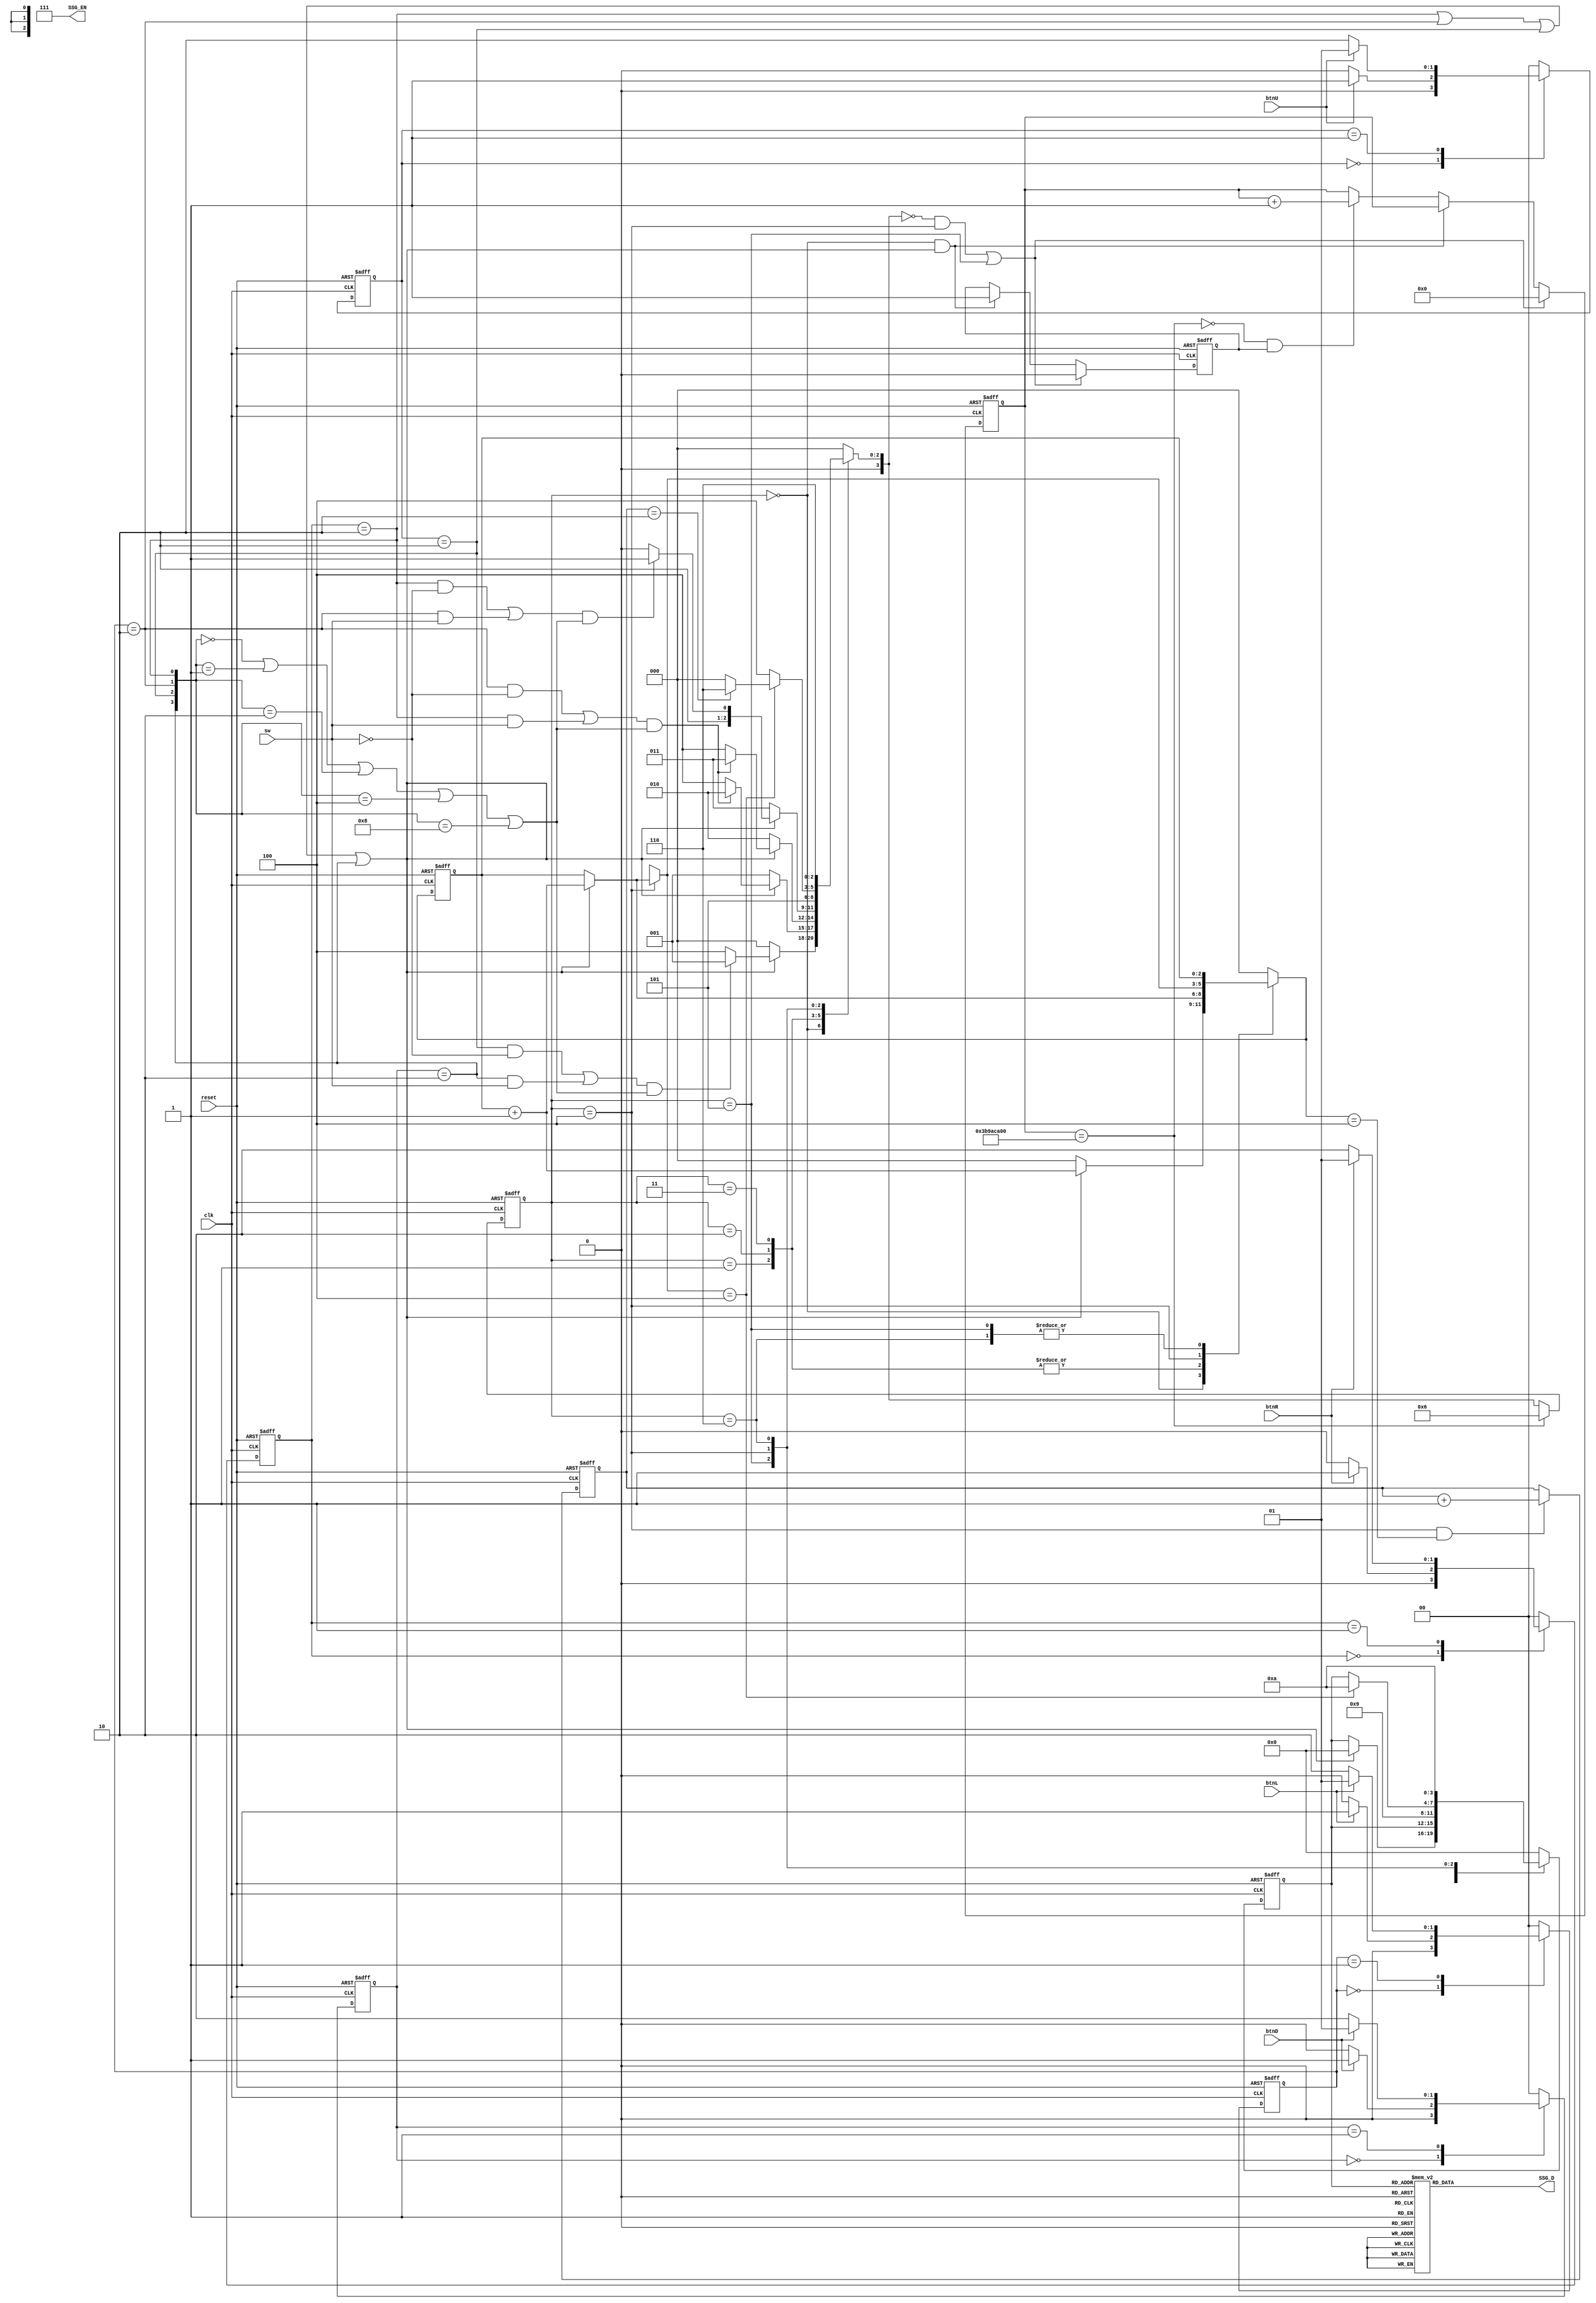
`timescale 1ns / 1ps
//////////////////////////////////////////////////////////////////////////////////
// Company: 
// Engineer: 
// 
// Design Name: 
// Module Name: code_detection
// Project Name: 
// Target Devices: 
// Tool Versions: 
// Description: 
// 
// Dependencies: 
// 
// Revision:
// Revision 0.01 - File Created
// Additional Comments:
// 
//////////////////////////////////////////////////////////////////////////////////


module code_detection(
    input               clk,
    input               reset,
    input               btnR,
    input               btnL,
    input               btnU,
    input               btnD,
    input               sw,
    output reg  [6:0]   SSG_D,
    output      [2:0]   SSG_EN  //disable three of four
    );
    
    parameter   IDLE    =   0;
    parameter   BTR1    =   1;
    parameter   BTL1    =   1;
	parameter   BTU1    =   1;
	parameter   BTD1    =   1;
    parameter   BTR0    =   2;
    parameter   BTL0    =   2;
	parameter   BTU0    =   2;
	parameter   BTD0    =   2;
        
    parameter   STATE_IDLE      = 0;
    parameter   STATE_TOP       = 1;
    parameter   STATE_LEFT1     = 2;
    parameter   STATE_LEFT2     = 3;
    parameter   STATE_ERROR     = 4;
    parameter   STATE_SUCC      = 5;
    parameter   STATE_FAILED    = 6;
		
	parameter 	TIMEOUT_COUNT 	= 32'd1000_000_000;
    
    reg   [3:0]     state;
    reg   [3:0]     next_state;
    reg   [1:0]     buttonR;
	reg   [1:0]     next_buttonR;
    reg   [1:0]     buttonL;
    reg   [1:0]     next_buttonL;
    reg   [1:0]     buttonU;
    reg   [1:0]     next_buttonU;
    reg   [1:0]     buttonD;
    reg   [1:0]     next_buttonD;
    reg   [2:0]     count;
    reg   [2:0]     next_count;
    reg   [3:0]     character;
    reg   [3:0]     next_character;
    reg   [31:0]	timer;
    reg   [1:0] 	attempt;
    reg             timer_en;
    
    wire        pressed;
    wire        timeout;
    wire        timer_start;
    wire        timer_rst;
    wire        attempt_plus;
    wire        valid;
    wire        bit0, bit1, bit2, bit3;
    wire [3:0]  button_bits;
		
    assign pressed      = ((buttonR == BTR0) || (buttonL == BTL0) || (buttonU == BTU0) || (buttonD == BTD0));
    assign bit0         = (buttonR == BTR0);
    assign bit1         = (buttonL == BTL0);
    assign bit2         = (buttonU == BTU0);
    assign bit3         = (buttonD == BTD0);
    assign button_bits  = {bit3, bit2, bit1, bit0};
    assign valid        = ((button_bits == 0) || (button_bits == 1) || (button_bits == 2) || (button_bits == 4) || (button_bits == 8));
    
  //logic to determine next state
    always@(*)begin
        case(buttonR)
            IDLE:
                if(btnR)
                    next_buttonR = BTR1;
                else 
                    next_buttonR = IDLE;
            BTR1:
                if(!btnR)
                    next_buttonR = BTR0;
                else 
                    next_buttonR = BTR1;
            BTR0:
                next_buttonR = IDLE;
            default:
                next_buttonR = IDLE;      
        endcase
    end

    always@(posedge clk or posedge reset) begin
        if(reset)
            buttonR  <=  IDLE;
        else 
            buttonR <=  next_buttonR;
    end
  
   always@(*)begin
        case(buttonL)
            IDLE:
                if(btnL)
                    next_buttonL = BTL1;
                else 
                    next_buttonL = IDLE;
            BTL1:
                if(!btnL)
                    next_buttonL = BTL0;
                else 
                    next_buttonL = BTL1;
            BTL0:
                next_buttonL = IDLE;
            default:
              next_buttonL = IDLE;      
        endcase
    end

    always@(posedge clk or posedge reset) begin
        if(reset)
            buttonL  <=  IDLE;
        else 
            buttonL <=  next_buttonL;
    end
    always@(*)begin
        case(buttonU)
            IDLE:
                if(btnU)
                    next_buttonU = BTU1;
                else 
                    next_buttonU = IDLE;
            BTU1:
                if(!btnU)
                    next_buttonU = BTU0;
                else 
                    next_buttonU = BTU1;
            BTU0:
                next_buttonU = IDLE;
            default:
                next_buttonU = IDLE;      
        endcase
    end

    always@(posedge clk or posedge reset) begin
        if(reset)
            buttonU  <=  IDLE;
        else 
            buttonU <=  next_buttonU;
    end
    
    always@(*)begin
        case(buttonD)
            IDLE:
                if(btnD)
                    next_buttonD = BTD1;
                else 
                    next_buttonD = IDLE;
            BTD1:
                if(!btnD)
                    next_buttonD = BTD0;
                else 
                    next_buttonD = BTD1;
            BTD0:
                next_buttonD = IDLE;
            default:
                next_buttonD = IDLE;      
        endcase
    end

    always@(posedge clk or posedge reset) begin
        if(reset)
            buttonD  <=  IDLE;
        else 
            buttonD <=  next_buttonD;
    end
            
 //logic to determine next state
    always@(*)begin
        case(state)
            STATE_IDLE: begin
                if(pressed) begin
                    next_character = 4'b0000;
                    next_count = count + 1;
                    if((((buttonU == BTU0) && !sw) || ((buttonD == BTD0) && sw)) && valid)
                        next_state = STATE_TOP;
                    else 
                        next_state = STATE_ERROR;
                end
                else begin
                    next_character = character;
                    next_count = 0;
                    next_state = STATE_IDLE;
                end
            end
            STATE_TOP: begin
                next_character = character;
                if(pressed) begin
                    next_count = count + 1;
                    if((((buttonL == BTL0) && !sw) || ((buttonR == BTR0) && sw)) && valid)
                        next_state = STATE_LEFT1;
                    else 
                        next_state = STATE_ERROR;
                end
                else begin
                    next_count = count;
                    next_state = STATE_TOP;
                end
            end
            STATE_LEFT1: begin
                next_character = character;
                if(pressed) begin
                    next_count = count + 1;
                    if((((buttonL == BTL0) && !sw) || ((buttonR == BTR0) && sw)) && valid)
                        next_state = STATE_LEFT2;
                    else 
                        next_state = STATE_ERROR;
                end
                else begin
                    next_count = count;
                    next_state = STATE_LEFT1;
                end
            end
            STATE_LEFT2: begin
                next_character = character;
                if(pressed) begin
                    next_count = count + 1;
                    if((((buttonR == BTR0) && !sw) || ((buttonL == BTL0) && sw)) && valid)
                        next_state = STATE_SUCC;
                    else 
                        next_state = STATE_ERROR;
                end
                else begin
                    next_count = count;
                    next_state = STATE_LEFT2;
                end
            end
            STATE_SUCC: begin
                next_character = 4'b1001;
                next_count = count;
                next_state = STATE_SUCC;
            end
            STATE_ERROR: begin
                if(pressed)
                    next_count = count + 1;
                else
                    next_count = count;
										
                if(next_count == 4) begin
                    next_character = 4'b1010;
                    if(attempt == 2)
                        next_state = STATE_FAILED;
                    else
                        next_state = STATE_IDLE;
				end
                else begin
                    next_character = character;
                    next_state = STATE_ERROR;
                end
            end
            STATE_FAILED: begin
                next_character = 4'b1010;
                next_count = count;
                next_state = STATE_FAILED;
            end
            default: begin
                next_character = 4'b0000;
                next_count = 0;
                next_state = STATE_IDLE;
            end    
        endcase
    end

  //update state registers 
    always@(posedge clk or posedge reset) begin
        if(reset) begin
            state  	  <=  STATE_IDLE;
        end
        else begin
            if(timeout)
                state <=  STATE_FAILED;
            else
                state <=  next_state;
	    end
    end

    assign timeout      = (timer == TIMEOUT_COUNT);
    assign timer_start  = ((state == STATE_IDLE) && pressed);
    assign timer_rst    = (((next_state == STATE_IDLE) && (state == STATE_ERROR)) || (state == STATE_SUCC));
    
  //update state registers 
    always@(posedge clk or posedge reset) begin
        if(reset) begin
            timer 		<= 32'd0;
            timer_en    <= 1'b0;
        end
        else begin
            if(timer_rst) begin
                timer 	 <= 32'd0;
                timer_en <= 1'b0;
            end
            else if(timer_start) begin
                timer_en <= 1'b1;
            end
            else if(!timeout && timer_en) begin
                timer 	 <= timer + 1;
            end
	   end
    end
 
    assign attempt_plus = ((state == STATE_ERROR) && (next_count == 4));
    
    always@(posedge clk or posedge reset) begin
        if(reset) begin
            attempt     <= 2'd0;
        end
        else begin         
            if(attempt_plus)
                attempt <= attempt + 1;
        end
    end
        
  //update state registers 
    always@(posedge clk or posedge reset) begin
        if(reset)
            count  <=  0;
        else 
           count <=  next_count;
    end
    
  //update state registers 
    always@(posedge clk or posedge reset) begin
        if(reset)
             character  <=  4'b0000;
        else 
             character <=  next_character;
    end
    
    // send the counter output to 7 segment LED for display.   
    always@(*)begin                // decoder circuit for 7 segment LED
        case(character)
            4'b0000: SSG_D = 7'b1000000; //0
            4'b0001: SSG_D = 7'b1111001; //1
            4'b0010: SSG_D = 7'b0100100; //2
            4'b0011: SSG_D = 7'b0110000; //3 
            4'b0100: SSG_D = 7'b0011001; //4
            4'b0101: SSG_D = 7'b0010010; //5
            4'b0110: SSG_D = 7'b0000010; //6
            4'b0111: SSG_D = 7'b1111000; //7
            4'b1000: SSG_D = 7'b0000000; //8
            4'b1001: SSG_D = 7'b0010000; //9
			4'b1010: SSG_D = 7'b0000110; //E
            default: SSG_D = 7'b1111111; //none
        endcase
    end 
      
    assign      SSG_EN  =   3'b111;   // disable the other three LEDs
    
endmodule